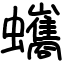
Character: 蠵